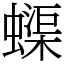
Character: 蟝